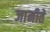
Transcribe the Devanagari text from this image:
जानीते